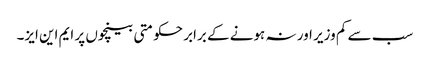
سب سے کم وزیر اور نہ ہونے کے برابر حکومتی بینچوں پر ایم این ایز۔